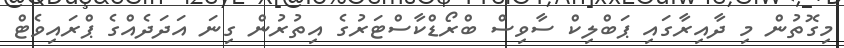
މިގޮތުން މި ދާއިރާގައި ޕަބްލިކް ސާވިސް ބްރޯޑްކާސްޓަރުގެ އިތުރުން ގިނަ އަދަދެއްގެ ޕްރައިވެޓް